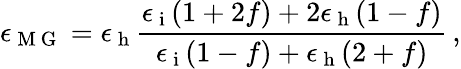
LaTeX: \epsilon_{\mathrm{~M~G~}}=\epsilon_{\mathrm{~h~}}\frac{\epsilon_{\mathrm{~i~}}(1+2f)+2\epsilon_{\mathrm{~h~}}(1-f)}{\epsilon_{\mathrm{~i~}}(1-f)+\epsilon_{\mathrm{~h~}}(2+f)}\, ,